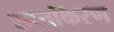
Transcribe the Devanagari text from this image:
सप्तकिरण